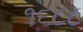
૧૬૮૮